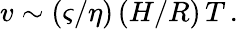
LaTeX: v\sim(\varsigma/\eta)\, (H/R)\, T\, .\